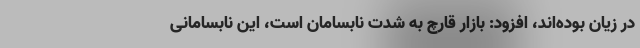
در زیان بوده‌اند، افزود: بازار قارچ به شدت نابسامان است، این نابسامانی